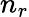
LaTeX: n_{r}